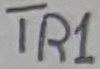
Text: TR1